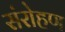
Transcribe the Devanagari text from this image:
संरोहण